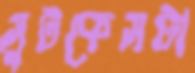
সুটকেসটা